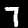
Label: 7